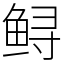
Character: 鲟